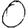
Digit: 0